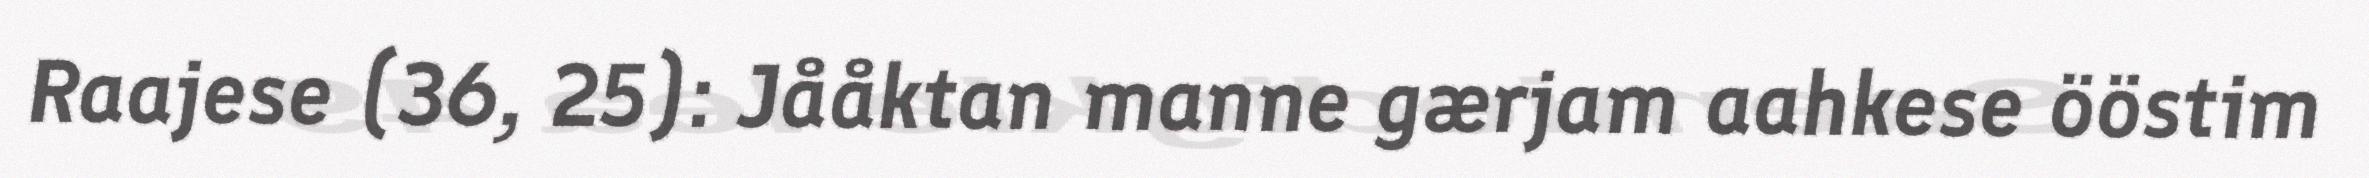
Raajese (36, 25): Jååktan manne gærjam aahkese ööstim